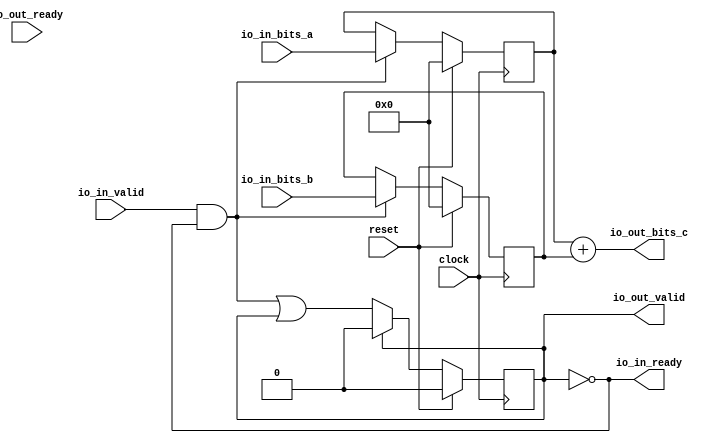
module SlowDecoupledAdder(
  input         clock,
  input         reset,
  output        io_in_ready,
  input         io_in_valid,
  input  [15:0] io_in_bits_a,
  input  [15:0] io_in_bits_b,
  input         io_out_ready,
  output        io_out_valid,
  output [15:0] io_out_bits_c
);
`ifdef RANDOMIZE_REG_INIT
  reg [31:0] _RAND_0;
  reg [31:0] _RAND_1;
  reg [31:0] _RAND_2;
`endif // RANDOMIZE_REG_INIT
  reg  busy; // @[DecoupledAdder.scala 29:24]
  reg [15:0] a_reg; // @[DecoupledAdder.scala 30:24]
  reg [15:0] b_reg; // @[DecoupledAdder.scala 31:24]
  wire  _T_26 = ~busy; // @[DecoupledAdder.scala 34:18]
  wire  _GEN_2 = io_in_valid & _T_26 | busy; // @[DecoupledAdder.scala 40:30 DecoupledAdder.scala 43:18 DecoupledAdder.scala 29:24]
  wire [15:0] _T_37 = a_reg + b_reg; // @[DecoupledAdder.scala 48:30]
  assign io_in_ready = ~busy; // @[DecoupledAdder.scala 34:18]
  assign io_out_valid = io_out_bits_c == _T_37 & busy; // @[DecoupledAdder.scala 54:54]
  assign io_out_bits_c = a_reg + b_reg; // @[DecoupledAdder.scala 48:30]
  always @(posedge clock) begin
    if (reset) begin // @[DecoupledAdder.scala 29:24]
      busy <= 1'h0; // @[DecoupledAdder.scala 29:24]
    end else if (io_out_valid) begin // @[DecoupledAdder.scala 56:22]
      busy <= 1'h0; // @[DecoupledAdder.scala 57:19]
    end else begin
      busy <= _GEN_2;
    end
    if (reset) begin // @[DecoupledAdder.scala 30:24]
      a_reg <= 16'h0; // @[DecoupledAdder.scala 30:24]
    end else if (io_in_valid & _T_26) begin // @[DecoupledAdder.scala 40:30]
      a_reg <= io_in_bits_a; // @[DecoupledAdder.scala 41:18]
    end
    if (reset) begin // @[DecoupledAdder.scala 31:24]
      b_reg <= 16'h0; // @[DecoupledAdder.scala 31:24]
    end else if (io_in_valid & _T_26) begin // @[DecoupledAdder.scala 40:30]
      b_reg <= io_in_bits_b; // @[DecoupledAdder.scala 42:18]
    end
    `ifndef SYNTHESIS
    `ifdef PRINTF_COND
      if (`PRINTF_COND) begin
    `endif
        if (~reset) begin
          $fwrite(32'h80000002,"in: ready %d   valid %d   a %d b %d   -- out:  ready %d  valid %d  c %d",io_in_ready,
            io_in_valid,io_in_bits_a,io_in_bits_b,io_out_ready,io_out_valid,io_out_bits_c); // @[DecoupledAdder.scala 36:9]
        end
    `ifdef PRINTF_COND
      end
    `endif
    `endif // SYNTHESIS
  end
// Register and memory initialization
`ifdef RANDOMIZE_GARBAGE_ASSIGN
`define RANDOMIZE
`endif
`ifdef RANDOMIZE_INVALID_ASSIGN
`define RANDOMIZE
`endif
`ifdef RANDOMIZE_REG_INIT
`define RANDOMIZE
`endif
`ifdef RANDOMIZE_MEM_INIT
`define RANDOMIZE
`endif
`ifndef RANDOM
`define RANDOM $random
`endif
`ifdef RANDOMIZE_MEM_INIT
  integer initvar;
`endif
`ifndef SYNTHESIS
`ifdef FIRRTL_BEFORE_INITIAL
`FIRRTL_BEFORE_INITIAL
`endif
initial begin
  `ifdef RANDOMIZE
    `ifdef INIT_RANDOM
      `INIT_RANDOM
    `endif
    `ifndef VERILATOR
      `ifdef RANDOMIZE_DELAY
        #`RANDOMIZE_DELAY begin end
      `else
        #0.002 begin end
      `endif
    `endif
`ifdef RANDOMIZE_REG_INIT
  _RAND_0 = {1{`RANDOM}};
  busy = _RAND_0[0:0];
  _RAND_1 = {1{`RANDOM}};
  a_reg = _RAND_1[15:0];
  _RAND_2 = {1{`RANDOM}};
  b_reg = _RAND_2[15:0];
`endif // RANDOMIZE_REG_INIT
  `endif // RANDOMIZE
end // initial
`ifdef FIRRTL_AFTER_INITIAL
`FIRRTL_AFTER_INITIAL
`endif
`endif // SYNTHESIS
endmodule
module DecoupledAdderTests(
  input   clock,
  input   reset
);
`ifdef RANDOMIZE_REG_INIT
  reg [31:0] _RAND_0;
  reg [31:0] _RAND_1;
  reg [31:0] _RAND_2;
  reg [31:0] _RAND_3;
  reg [31:0] _RAND_4;
  reg [31:0] _RAND_5;
  reg [31:0] _RAND_6;
`endif // RANDOMIZE_REG_INIT
  wire  device_under_test_clock; // @[DecoupledAdder.scala 62:33]
  wire  device_under_test_reset; // @[DecoupledAdder.scala 62:33]
  wire  device_under_test_io_in_ready; // @[DecoupledAdder.scala 62:33]
  wire  device_under_test_io_in_valid; // @[DecoupledAdder.scala 62:33]
  wire [15:0] device_under_test_io_in_bits_a; // @[DecoupledAdder.scala 62:33]
  wire [15:0] device_under_test_io_in_bits_b; // @[DecoupledAdder.scala 62:33]
  wire  device_under_test_io_out_ready; // @[DecoupledAdder.scala 62:33]
  wire  device_under_test_io_out_valid; // @[DecoupledAdder.scala 62:33]
  wire [15:0] device_under_test_io_out_bits_c; // @[DecoupledAdder.scala 62:33]
  reg [6:0] _T_4; // @[OrderedDecoupledHWIOTester.scala 374:30]
  reg  _T_7; // @[OrderedDecoupledHWIOTester.scala 375:30]
  reg [6:0] _T_10; // @[OrderedDecoupledHWIOTester.scala 374:30]
  reg  _T_13; // @[OrderedDecoupledHWIOTester.scala 375:30]
  wire  _T_14 = _T_7 & _T_13; // @[OrderedDecoupledHWIOTester.scala 402:42]
  wire  _T_16 = ~reset; // @[OrderedDecoupledHWIOTester.scala 403:13]
  reg [13:0] _T_21; // @[OrderedDecoupledHWIOTester.scala 407:21]
  wire [13:0] _T_24 = _T_21 + 14'h1; // @[OrderedDecoupledHWIOTester.scala 408:14]
  wire  _T_26 = _T_21 > 14'h2710; // @[OrderedDecoupledHWIOTester.scala 409:13]
  reg [4:0] value; // @[Counter.scala 17:33]
  wire [2:0] _GEN_4 = 5'h4 == value ? 3'h1 : 3'h0; // @[OrderedDecoupledHWIOTester.scala 283:14 OrderedDecoupledHWIOTester.scala 283:14]
  wire [2:0] _GEN_5 = 5'h5 == value ? 3'h1 : _GEN_4; // @[OrderedDecoupledHWIOTester.scala 283:14 OrderedDecoupledHWIOTester.scala 283:14]
  wire [2:0] _GEN_6 = 5'h6 == value ? 3'h1 : _GEN_5; // @[OrderedDecoupledHWIOTester.scala 283:14 OrderedDecoupledHWIOTester.scala 283:14]
  wire [2:0] _GEN_7 = 5'h7 == value ? 3'h1 : _GEN_6; // @[OrderedDecoupledHWIOTester.scala 283:14 OrderedDecoupledHWIOTester.scala 283:14]
  wire [2:0] _GEN_8 = 5'h8 == value ? 3'h2 : _GEN_7; // @[OrderedDecoupledHWIOTester.scala 283:14 OrderedDecoupledHWIOTester.scala 283:14]
  wire [2:0] _GEN_9 = 5'h9 == value ? 3'h2 : _GEN_8; // @[OrderedDecoupledHWIOTester.scala 283:14 OrderedDecoupledHWIOTester.scala 283:14]
  wire [2:0] _GEN_10 = 5'ha == value ? 3'h2 : _GEN_9; // @[OrderedDecoupledHWIOTester.scala 283:14 OrderedDecoupledHWIOTester.scala 283:14]
  wire [2:0] _GEN_11 = 5'hb == value ? 3'h2 : _GEN_10; // @[OrderedDecoupledHWIOTester.scala 283:14 OrderedDecoupledHWIOTester.scala 283:14]
  wire [2:0] _GEN_12 = 5'hc == value ? 3'h3 : _GEN_11; // @[OrderedDecoupledHWIOTester.scala 283:14 OrderedDecoupledHWIOTester.scala 283:14]
  wire [2:0] _GEN_13 = 5'hd == value ? 3'h3 : _GEN_12; // @[OrderedDecoupledHWIOTester.scala 283:14 OrderedDecoupledHWIOTester.scala 283:14]
  wire [2:0] _GEN_14 = 5'he == value ? 3'h3 : _GEN_13; // @[OrderedDecoupledHWIOTester.scala 283:14 OrderedDecoupledHWIOTester.scala 283:14]
  wire [2:0] _GEN_15 = 5'hf == value ? 3'h3 : _GEN_14; // @[OrderedDecoupledHWIOTester.scala 283:14 OrderedDecoupledHWIOTester.scala 283:14]
  wire [2:0] _GEN_16 = 5'h10 == value ? 3'h4 : _GEN_15; // @[OrderedDecoupledHWIOTester.scala 283:14 OrderedDecoupledHWIOTester.scala 283:14]
  wire [2:0] _GEN_17 = 5'h11 == value ? 3'h4 : _GEN_16; // @[OrderedDecoupledHWIOTester.scala 283:14 OrderedDecoupledHWIOTester.scala 283:14]
  wire [2:0] _GEN_18 = 5'h12 == value ? 3'h4 : _GEN_17; // @[OrderedDecoupledHWIOTester.scala 283:14 OrderedDecoupledHWIOTester.scala 283:14]
  wire [2:0] _GEN_19 = 5'h13 == value ? 3'h4 : _GEN_18; // @[OrderedDecoupledHWIOTester.scala 283:14 OrderedDecoupledHWIOTester.scala 283:14]
  wire [2:0] _GEN_20 = 5'h14 == value ? 3'h0 : _GEN_19; // @[OrderedDecoupledHWIOTester.scala 283:14 OrderedDecoupledHWIOTester.scala 283:14]
  wire [2:0] _GEN_22 = 5'h1 == value ? 3'h2 : 3'h0; // @[OrderedDecoupledHWIOTester.scala 283:14 OrderedDecoupledHWIOTester.scala 283:14]
  wire [2:0] _GEN_23 = 5'h2 == value ? 3'h4 : _GEN_22; // @[OrderedDecoupledHWIOTester.scala 283:14 OrderedDecoupledHWIOTester.scala 283:14]
  wire [2:0] _GEN_24 = 5'h3 == value ? 3'h6 : _GEN_23; // @[OrderedDecoupledHWIOTester.scala 283:14 OrderedDecoupledHWIOTester.scala 283:14]
  wire [2:0] _GEN_25 = 5'h4 == value ? 3'h0 : _GEN_24; // @[OrderedDecoupledHWIOTester.scala 283:14 OrderedDecoupledHWIOTester.scala 283:14]
  wire [2:0] _GEN_26 = 5'h5 == value ? 3'h2 : _GEN_25; // @[OrderedDecoupledHWIOTester.scala 283:14 OrderedDecoupledHWIOTester.scala 283:14]
  wire [2:0] _GEN_27 = 5'h6 == value ? 3'h4 : _GEN_26; // @[OrderedDecoupledHWIOTester.scala 283:14 OrderedDecoupledHWIOTester.scala 283:14]
  wire [2:0] _GEN_28 = 5'h7 == value ? 3'h6 : _GEN_27; // @[OrderedDecoupledHWIOTester.scala 283:14 OrderedDecoupledHWIOTester.scala 283:14]
  wire [2:0] _GEN_29 = 5'h8 == value ? 3'h0 : _GEN_28; // @[OrderedDecoupledHWIOTester.scala 283:14 OrderedDecoupledHWIOTester.scala 283:14]
  wire [2:0] _GEN_30 = 5'h9 == value ? 3'h2 : _GEN_29; // @[OrderedDecoupledHWIOTester.scala 283:14 OrderedDecoupledHWIOTester.scala 283:14]
  wire [2:0] _GEN_31 = 5'ha == value ? 3'h4 : _GEN_30; // @[OrderedDecoupledHWIOTester.scala 283:14 OrderedDecoupledHWIOTester.scala 283:14]
  wire [2:0] _GEN_32 = 5'hb == value ? 3'h6 : _GEN_31; // @[OrderedDecoupledHWIOTester.scala 283:14 OrderedDecoupledHWIOTester.scala 283:14]
  wire [2:0] _GEN_33 = 5'hc == value ? 3'h0 : _GEN_32; // @[OrderedDecoupledHWIOTester.scala 283:14 OrderedDecoupledHWIOTester.scala 283:14]
  wire [2:0] _GEN_34 = 5'hd == value ? 3'h2 : _GEN_33; // @[OrderedDecoupledHWIOTester.scala 283:14 OrderedDecoupledHWIOTester.scala 283:14]
  wire [2:0] _GEN_35 = 5'he == value ? 3'h4 : _GEN_34; // @[OrderedDecoupledHWIOTester.scala 283:14 OrderedDecoupledHWIOTester.scala 283:14]
  wire [2:0] _GEN_36 = 5'hf == value ? 3'h6 : _GEN_35; // @[OrderedDecoupledHWIOTester.scala 283:14 OrderedDecoupledHWIOTester.scala 283:14]
  wire [2:0] _GEN_37 = 5'h10 == value ? 3'h0 : _GEN_36; // @[OrderedDecoupledHWIOTester.scala 283:14 OrderedDecoupledHWIOTester.scala 283:14]
  wire [2:0] _GEN_38 = 5'h11 == value ? 3'h2 : _GEN_37; // @[OrderedDecoupledHWIOTester.scala 283:14 OrderedDecoupledHWIOTester.scala 283:14]
  wire [2:0] _GEN_39 = 5'h12 == value ? 3'h4 : _GEN_38; // @[OrderedDecoupledHWIOTester.scala 283:14 OrderedDecoupledHWIOTester.scala 283:14]
  wire [2:0] _GEN_40 = 5'h13 == value ? 3'h6 : _GEN_39; // @[OrderedDecoupledHWIOTester.scala 283:14 OrderedDecoupledHWIOTester.scala 283:14]
  wire [2:0] _GEN_41 = 5'h14 == value ? 3'h0 : _GEN_40; // @[OrderedDecoupledHWIOTester.scala 283:14 OrderedDecoupledHWIOTester.scala 283:14]
  wire  _T_181 = value == 5'h13; // @[Counter.scala 25:24]
  wire [4:0] _T_184 = value + 5'h1; // @[Counter.scala 26:22]
  wire  _GEN_64 = _T_4 == 7'h13 | _T_7; // @[OrderedDecoupledHWIOTester.scala 381:48 OrderedDecoupledHWIOTester.scala 382:23 OrderedDecoupledHWIOTester.scala 375:30]
  wire [6:0] _T_193 = _T_4 + 7'h1; // @[OrderedDecoupledHWIOTester.scala 384:28]
  reg [4:0] value_1; // @[Counter.scala 17:33]
  wire  _T_292 = device_under_test_io_out_ready & device_under_test_io_out_valid; // @[OrderedDecoupledHWIOTester.scala 316:35]
  wire [3:0] _GEN_92 = 5'h1 == value_1 ? 4'h2 : 4'h0; // @[OrderedDecoupledHWIOTester.scala 318:17 OrderedDecoupledHWIOTester.scala 318:17]
  wire [3:0] _GEN_93 = 5'h2 == value_1 ? 4'h4 : _GEN_92; // @[OrderedDecoupledHWIOTester.scala 318:17 OrderedDecoupledHWIOTester.scala 318:17]
  wire [3:0] _GEN_94 = 5'h3 == value_1 ? 4'h6 : _GEN_93; // @[OrderedDecoupledHWIOTester.scala 318:17 OrderedDecoupledHWIOTester.scala 318:17]
  wire [3:0] _GEN_95 = 5'h4 == value_1 ? 4'h1 : _GEN_94; // @[OrderedDecoupledHWIOTester.scala 318:17 OrderedDecoupledHWIOTester.scala 318:17]
  wire [3:0] _GEN_96 = 5'h5 == value_1 ? 4'h3 : _GEN_95; // @[OrderedDecoupledHWIOTester.scala 318:17 OrderedDecoupledHWIOTester.scala 318:17]
  wire [3:0] _GEN_97 = 5'h6 == value_1 ? 4'h5 : _GEN_96; // @[OrderedDecoupledHWIOTester.scala 318:17 OrderedDecoupledHWIOTester.scala 318:17]
  wire [3:0] _GEN_98 = 5'h7 == value_1 ? 4'h7 : _GEN_97; // @[OrderedDecoupledHWIOTester.scala 318:17 OrderedDecoupledHWIOTester.scala 318:17]
  wire [3:0] _GEN_99 = 5'h8 == value_1 ? 4'h2 : _GEN_98; // @[OrderedDecoupledHWIOTester.scala 318:17 OrderedDecoupledHWIOTester.scala 318:17]
  wire [3:0] _GEN_100 = 5'h9 == value_1 ? 4'h4 : _GEN_99; // @[OrderedDecoupledHWIOTester.scala 318:17 OrderedDecoupledHWIOTester.scala 318:17]
  wire [3:0] _GEN_101 = 5'ha == value_1 ? 4'h6 : _GEN_100; // @[OrderedDecoupledHWIOTester.scala 318:17 OrderedDecoupledHWIOTester.scala 318:17]
  wire [3:0] _GEN_102 = 5'hb == value_1 ? 4'h8 : _GEN_101; // @[OrderedDecoupledHWIOTester.scala 318:17 OrderedDecoupledHWIOTester.scala 318:17]
  wire [3:0] _GEN_103 = 5'hc == value_1 ? 4'h3 : _GEN_102; // @[OrderedDecoupledHWIOTester.scala 318:17 OrderedDecoupledHWIOTester.scala 318:17]
  wire [3:0] _GEN_104 = 5'hd == value_1 ? 4'h5 : _GEN_103; // @[OrderedDecoupledHWIOTester.scala 318:17 OrderedDecoupledHWIOTester.scala 318:17]
  wire [3:0] _GEN_105 = 5'he == value_1 ? 4'h7 : _GEN_104; // @[OrderedDecoupledHWIOTester.scala 318:17 OrderedDecoupledHWIOTester.scala 318:17]
  wire [3:0] _GEN_106 = 5'hf == value_1 ? 4'h9 : _GEN_105; // @[OrderedDecoupledHWIOTester.scala 318:17 OrderedDecoupledHWIOTester.scala 318:17]
  wire [3:0] _GEN_107 = 5'h10 == value_1 ? 4'h4 : _GEN_106; // @[OrderedDecoupledHWIOTester.scala 318:17 OrderedDecoupledHWIOTester.scala 318:17]
  wire [3:0] _GEN_108 = 5'h11 == value_1 ? 4'h6 : _GEN_107; // @[OrderedDecoupledHWIOTester.scala 318:17 OrderedDecoupledHWIOTester.scala 318:17]
  wire [3:0] _GEN_109 = 5'h12 == value_1 ? 4'h8 : _GEN_108; // @[OrderedDecoupledHWIOTester.scala 318:17 OrderedDecoupledHWIOTester.scala 318:17]
  wire [3:0] _GEN_110 = 5'h13 == value_1 ? 4'ha : _GEN_109; // @[OrderedDecoupledHWIOTester.scala 318:17 OrderedDecoupledHWIOTester.scala 318:17]
  wire [3:0] _GEN_111 = 5'h14 == value_1 ? 4'h0 : _GEN_110; // @[OrderedDecoupledHWIOTester.scala 318:17 OrderedDecoupledHWIOTester.scala 318:17]
  wire [15:0] _GEN_119 = {{12'd0}, _GEN_111}; // @[OrderedDecoupledHWIOTester.scala 321:40]
  wire  _T_297 = device_under_test_io_out_bits_c != _GEN_119; // @[OrderedDecoupledHWIOTester.scala 321:40]
  wire  _T_308 = value_1 == 5'h13; // @[Counter.scala 25:24]
  wire [4:0] _T_311 = value_1 + 5'h1; // @[Counter.scala 26:22]
  wire  _GEN_113 = _T_10 == 7'h13 | _T_13; // @[OrderedDecoupledHWIOTester.scala 381:48 OrderedDecoupledHWIOTester.scala 382:23 OrderedDecoupledHWIOTester.scala 375:30]
  wire [6:0] _T_320 = _T_10 + 7'h1; // @[OrderedDecoupledHWIOTester.scala 384:28]
  wire  _GEN_122 = _T_292 & _T_297; // @[OrderedDecoupledHWIOTester.scala 322:19]
  SlowDecoupledAdder device_under_test ( // @[DecoupledAdder.scala 62:33]
    .clock(device_under_test_clock),
    .reset(device_under_test_reset),
    .io_in_ready(device_under_test_io_in_ready),
    .io_in_valid(device_under_test_io_in_valid),
    .io_in_bits_a(device_under_test_io_in_bits_a),
    .io_in_bits_b(device_under_test_io_in_bits_b),
    .io_out_ready(device_under_test_io_out_ready),
    .io_out_valid(device_under_test_io_out_valid),
    .io_out_bits_c(device_under_test_io_out_bits_c)
  );
  assign device_under_test_clock = clock;
  assign device_under_test_reset = reset;
  assign device_under_test_io_in_valid = 5'h14 == _T_4[4:0] ? 1'h0 : 1'h1; // @[OrderedDecoupledHWIOTester.scala 285:30 OrderedDecoupledHWIOTester.scala 285:30]
  assign device_under_test_io_in_bits_a = {{13'd0}, _GEN_20}; // @[OrderedDecoupledHWIOTester.scala 283:14 OrderedDecoupledHWIOTester.scala 283:14]
  assign device_under_test_io_in_bits_b = {{13'd0}, _GEN_41}; // @[OrderedDecoupledHWIOTester.scala 283:14 OrderedDecoupledHWIOTester.scala 283:14]
  assign device_under_test_io_out_ready = 5'h14 == _T_10[4:0] ? 1'h0 : 1'h1; // @[OrderedDecoupledHWIOTester.scala 314:30 OrderedDecoupledHWIOTester.scala 314:30]
  always @(posedge clock) begin
    if (reset) begin // @[OrderedDecoupledHWIOTester.scala 374:30]
      _T_4 <= 7'h0; // @[OrderedDecoupledHWIOTester.scala 374:30]
    end else if (device_under_test_io_in_valid & device_under_test_io_in_ready) begin // @[OrderedDecoupledHWIOTester.scala 287:62]
      if (~_T_7) begin // @[OrderedDecoupledHWIOTester.scala 380:28]
        _T_4 <= _T_193; // @[OrderedDecoupledHWIOTester.scala 384:17]
      end
    end
    if (reset) begin // @[OrderedDecoupledHWIOTester.scala 375:30]
      _T_7 <= 1'h0; // @[OrderedDecoupledHWIOTester.scala 375:30]
    end else if (device_under_test_io_in_valid & device_under_test_io_in_ready) begin // @[OrderedDecoupledHWIOTester.scala 287:62]
      if (~_T_7) begin // @[OrderedDecoupledHWIOTester.scala 380:28]
        _T_7 <= _GEN_64;
      end
    end
    if (reset) begin // @[OrderedDecoupledHWIOTester.scala 374:30]
      _T_10 <= 7'h0; // @[OrderedDecoupledHWIOTester.scala 374:30]
    end else if (device_under_test_io_out_ready & device_under_test_io_out_valid) begin // @[OrderedDecoupledHWIOTester.scala 316:62]
      if (~_T_13) begin // @[OrderedDecoupledHWIOTester.scala 380:28]
        _T_10 <= _T_320; // @[OrderedDecoupledHWIOTester.scala 384:17]
      end
    end
    if (reset) begin // @[OrderedDecoupledHWIOTester.scala 375:30]
      _T_13 <= 1'h0; // @[OrderedDecoupledHWIOTester.scala 375:30]
    end else if (device_under_test_io_out_ready & device_under_test_io_out_valid) begin // @[OrderedDecoupledHWIOTester.scala 316:62]
      if (~_T_13) begin // @[OrderedDecoupledHWIOTester.scala 380:28]
        _T_13 <= _GEN_113;
      end
    end
    if (reset) begin // @[OrderedDecoupledHWIOTester.scala 407:21]
      _T_21 <= 14'h0; // @[OrderedDecoupledHWIOTester.scala 407:21]
    end else begin
      _T_21 <= _T_24; // @[OrderedDecoupledHWIOTester.scala 408:8]
    end
    if (reset) begin // @[Counter.scala 17:33]
      value <= 5'h0; // @[Counter.scala 17:33]
    end else if (device_under_test_io_in_valid & device_under_test_io_in_ready) begin // @[OrderedDecoupledHWIOTester.scala 287:62]
      if (_T_181) begin // @[Counter.scala 28:21]
        value <= 5'h0; // @[Counter.scala 28:29]
      end else begin
        value <= _T_184; // @[Counter.scala 26:13]
      end
    end
    if (reset) begin // @[Counter.scala 17:33]
      value_1 <= 5'h0; // @[Counter.scala 17:33]
    end else if (device_under_test_io_out_ready & device_under_test_io_out_valid) begin // @[OrderedDecoupledHWIOTester.scala 316:62]
      if (_T_308) begin // @[Counter.scala 28:21]
        value_1 <= 5'h0; // @[Counter.scala 28:29]
      end else begin
        value_1 <= _T_311; // @[Counter.scala 26:13]
      end
    end
    `ifndef SYNTHESIS
    `ifdef PRINTF_COND
      if (`PRINTF_COND) begin
    `endif
        if (_T_14 & ~reset) begin
          $fwrite(32'h80000002,"All input and output events completed\n"); // @[OrderedDecoupledHWIOTester.scala 403:13]
        end
    `ifdef PRINTF_COND
      end
    `endif
    `endif // SYNTHESIS
    `ifndef SYNTHESIS
    `ifdef STOP_COND
      if (`STOP_COND) begin
    `endif
        if (_T_14 & _T_16) begin
          $finish; // @[OrderedDecoupledHWIOTester.scala 404:11]
        end
    `ifdef STOP_COND
      end
    `endif
    `endif // SYNTHESIS
    `ifndef SYNTHESIS
    `ifdef PRINTF_COND
      if (`PRINTF_COND) begin
    `endif
        if (_T_26 & _T_16) begin
          $fwrite(32'h80000002,
            "Exceeded maximum allowed %d ticks in OrderedDecoupledHWIOTester, If you think code is correct use:\nDecoupleTester.max_tick_count = <some-higher-value>\nin the OrderedDecoupledHWIOTester subclass\n"
            ,14'h2710); // @[OrderedDecoupledHWIOTester.scala 410:13]
        end
    `ifdef PRINTF_COND
      end
    `endif
    `endif // SYNTHESIS
    `ifndef SYNTHESIS
    `ifdef STOP_COND
      if (`STOP_COND) begin
    `endif
        if (_T_26 & _T_16) begin
          $finish; // @[OrderedDecoupledHWIOTester.scala 416:11]
        end
    `ifdef STOP_COND
      end
    `endif
    `endif // SYNTHESIS
    `ifndef SYNTHESIS
    `ifdef PRINTF_COND
      if (`PRINTF_COND) begin
    `endif
        if (_T_292 & _T_16) begin
          $fwrite(32'h80000002,"output test event %d testing out.bits.c = %d, should be %d\n",_T_10,
            device_under_test_io_out_bits_c,5'h14 == value_1 ? 4'h0 : _GEN_110); // @[OrderedDecoupledHWIOTester.scala 318:17]
        end
    `ifdef PRINTF_COND
      end
    `endif
    `endif // SYNTHESIS
    `ifndef SYNTHESIS
    `ifdef PRINTF_COND
      if (`PRINTF_COND) begin
    `endif
        if (_T_292 & _T_297 & _T_16) begin
          $fwrite(32'h80000002,"Error: event %d out.bits.c was %d should be %d\n",_T_10,device_under_test_io_out_bits_c,
            _GEN_111); // @[OrderedDecoupledHWIOTester.scala 322:19]
        end
    `ifdef PRINTF_COND
      end
    `endif
    `endif // SYNTHESIS
    `ifndef SYNTHESIS
    `ifdef PRINTF_COND
      if (`PRINTF_COND) begin
    `endif
        if (_GEN_122 & _T_16) begin
          $fwrite(32'h80000002,"Assertion failed\n    at OrderedDecoupledHWIOTester.scala:324 assert(false.B)\n"); // @[OrderedDecoupledHWIOTester.scala 324:19]
        end
    `ifdef PRINTF_COND
      end
    `endif
    `endif // SYNTHESIS
    `ifndef SYNTHESIS
    `ifdef STOP_COND
      if (`STOP_COND) begin
    `endif
        if (_GEN_122 & _T_16) begin
          $fatal; // @[OrderedDecoupledHWIOTester.scala 324:19]
        end
    `ifdef STOP_COND
      end
    `endif
    `endif // SYNTHESIS
    `ifndef SYNTHESIS
    `ifdef STOP_COND
      if (`STOP_COND) begin
    `endif
        if (_GEN_122 & _T_16) begin
          $finish; // @[OrderedDecoupledHWIOTester.scala 325:17]
        end
    `ifdef STOP_COND
      end
    `endif
    `endif // SYNTHESIS
  end
// Register and memory initialization
`ifdef RANDOMIZE_GARBAGE_ASSIGN
`define RANDOMIZE
`endif
`ifdef RANDOMIZE_INVALID_ASSIGN
`define RANDOMIZE
`endif
`ifdef RANDOMIZE_REG_INIT
`define RANDOMIZE
`endif
`ifdef RANDOMIZE_MEM_INIT
`define RANDOMIZE
`endif
`ifndef RANDOM
`define RANDOM $random
`endif
`ifdef RANDOMIZE_MEM_INIT
  integer initvar;
`endif
`ifndef SYNTHESIS
`ifdef FIRRTL_BEFORE_INITIAL
`FIRRTL_BEFORE_INITIAL
`endif
initial begin
  `ifdef RANDOMIZE
    `ifdef INIT_RANDOM
      `INIT_RANDOM
    `endif
    `ifndef VERILATOR
      `ifdef RANDOMIZE_DELAY
        #`RANDOMIZE_DELAY begin end
      `else
        #0.002 begin end
      `endif
    `endif
`ifdef RANDOMIZE_REG_INIT
  _RAND_0 = {1{`RANDOM}};
  _T_4 = _RAND_0[6:0];
  _RAND_1 = {1{`RANDOM}};
  _T_7 = _RAND_1[0:0];
  _RAND_2 = {1{`RANDOM}};
  _T_10 = _RAND_2[6:0];
  _RAND_3 = {1{`RANDOM}};
  _T_13 = _RAND_3[0:0];
  _RAND_4 = {1{`RANDOM}};
  _T_21 = _RAND_4[13:0];
  _RAND_5 = {1{`RANDOM}};
  value = _RAND_5[4:0];
  _RAND_6 = {1{`RANDOM}};
  value_1 = _RAND_6[4:0];
`endif // RANDOMIZE_REG_INIT
  `endif // RANDOMIZE
end // initial
`ifdef FIRRTL_AFTER_INITIAL
`FIRRTL_AFTER_INITIAL
`endif
`endif // SYNTHESIS
endmodule